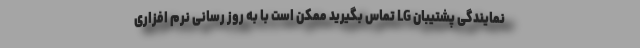
نمایندگی پشتیبان LG تماس بگیرید ممکن است با به روز رسانی نرم افزاری